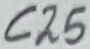
Text: C25